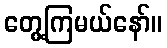
တွေ့ကြမယ်နော်။